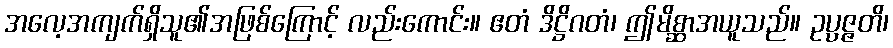
အလေ့အကျက်ရှိသူ၏အဖြစ်ကြောင့် လည်းကောင်း။ ဧတံ ဒိဋ္ဌိဂတံ၊ ဤမိစ္ဆာအယူသည်။ ဥပ္ပဇ္ဇတိ၊